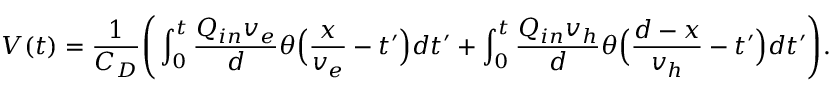
V ( t ) = \frac { 1 } { C _ { D } } \Bigg ( \int _ { 0 } ^ { t } \frac { Q _ { i n } v _ { e } } { d } \theta \Big ( \frac { x } { v _ { e } } - t ^ { \prime } \Big ) d t ^ { \prime } + \int _ { 0 } ^ { t } \frac { Q _ { i n } v _ { h } } { d } \theta \Big ( \frac { d - x } { v _ { h } } - t ^ { \prime } \Big ) d t ^ { \prime } \Bigg ) .